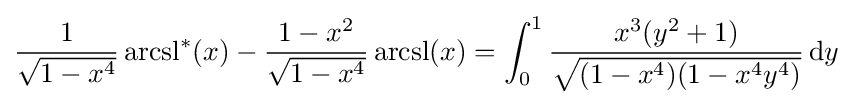
{\frac {1}{\sqrt {1-x^{4}}}}\operatorname {arcsl} ^{*}(x)-{\frac {1-x^{2}}{\sqrt {1-x^{4}}}}\operatorname {arcsl} (x)=\int _{0}^{1}{\frac {x^{3}(y^{2}+1)}{\sqrt {(1-x^{4})(1-x^{4}y^{4})}}}\,\mathrm {d} y